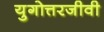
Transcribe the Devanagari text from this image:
युगोत्तरजीवी